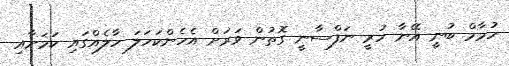
ހުމާމް ބުނީ އޭނާ ހުރީ ނަފްސާނީ ގޮތުން ވަރަށް އެހެންކަހަލަ ހާލެއްގައި ކަމަށާއި